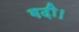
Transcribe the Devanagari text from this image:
गढ़ी।